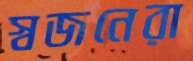
স্বজনেরা